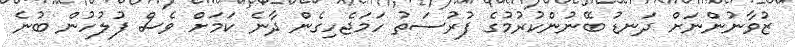
ޒުވާނުންނަށް ދަނޑު ބޭނުންކުރުމުގެ ފުރުސަތު ހަމަޖެހިގެން ދާނެ ކަމަށް ވެސް ފުލުހުން ބުނެ